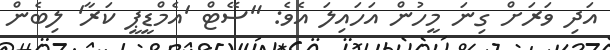
އަދި ވަރަށް ގިނަ މީހުން އަހައިލަ އެވެ: "ސޭޓް 'އެމްޑީޕީ ކަރާ' ލިބެން